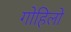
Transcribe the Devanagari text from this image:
गोहिलो